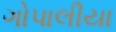
ગોપાલીયા